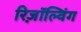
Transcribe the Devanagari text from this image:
रिज़ॉल्विंग